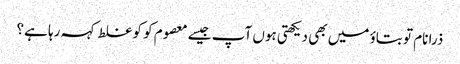
ذرا نام تو بتاؤ میں بھی دیکھتی ہوں آپ جیسے معصوم کو کو غلط کہہ رہا ہے؟